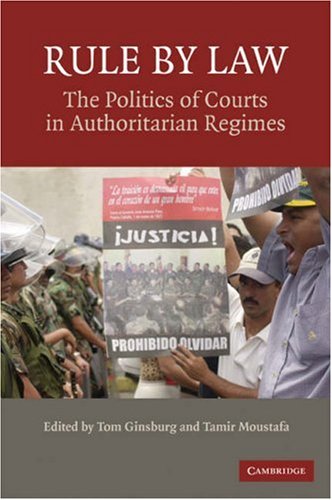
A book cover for Rule by Law: The Politics of Courts in Authoritarian Regimes; Law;